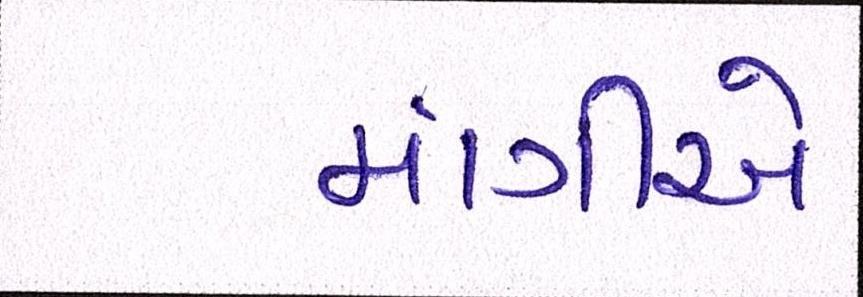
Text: માંગીએ